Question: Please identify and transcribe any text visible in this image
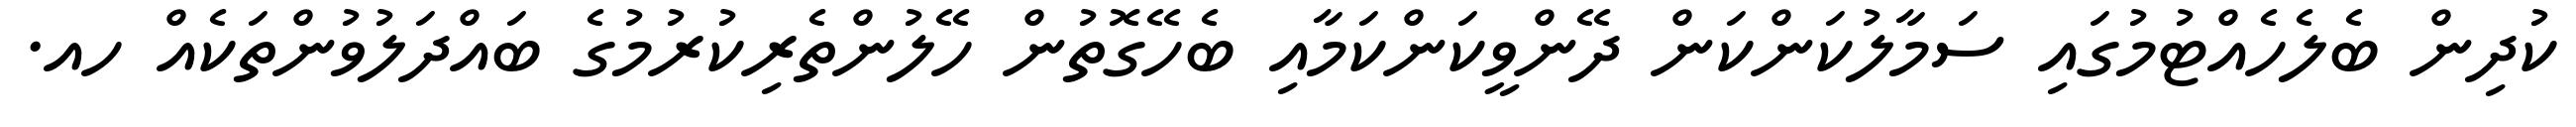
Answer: ކުދިން ބެލެހެއްޓުމުގައި ސަމާލުކަންކަން ދޭންވީކަންކަމާއި ބެހޭގޮތުން ހޭލުންތެރިކުރުމުގެ ބައްދަލުވުންތަކެއް ހއ.